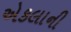
એકલાની